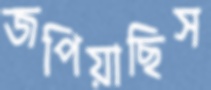
জপিয়াছিস